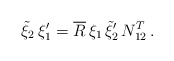
\begin{align*}\tilde{\xi}_2\,\xi _1'=\overline{R}\,\xi _1\,\tilde{\xi}_2'\,N_{12}^{T}\,. \end{align*}